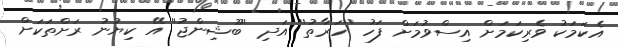
އެކަމަކު ވެރިކަމަށް އިސްވުމަށް ފަހު ''ހަރާތު'' އަދި ''ބޫޝިންޖު'' އޭ ކިޔުނު ރަށްތަކަށް